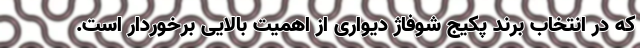
که در انتخاب برند پکیج شوفاژ دیواری از اهمیت بالایی برخوردار است.